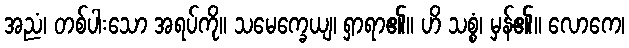
အညံ၊ တစ်ပါးသော အရပ်ကို။ သမေက္ခေယျ၊ ရှာရာ၏။ ဟိ သစ္စံ၊ မှန်၏။ လောကေ၊